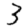
Digit: 3